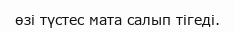
өзі түстес мата салып тігеді.